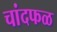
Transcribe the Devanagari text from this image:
चांदफळ